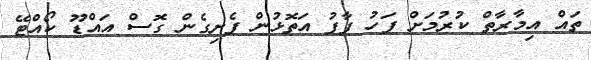
ތައް އިމާރާތް ކުރުމަށް ފަހު ފާފު އަތޮޅުން ފެށިގެން ގޮސް އައްޑޫ ކޯއްޓޭ